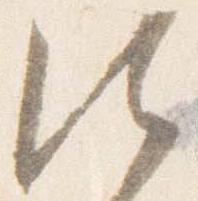
法